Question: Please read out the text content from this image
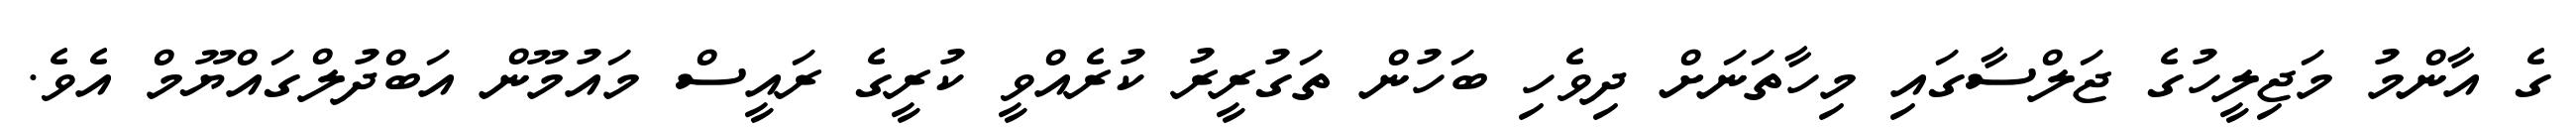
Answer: ގެ އާންމު މަޖިލީހުގެ ޖަލްސާގައި މިހާތަނަށް ދިވެހި ބަހުން ތަގުރީރު ކުރެއްވީ ކުރީގެ ރައީސް މައުމޫން އަބްދުލްގައްޔޫމް އެވެ.